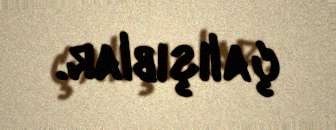
çalışıblar.